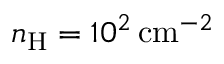
n _ { \mathrm { H } } = 1 0 ^ { 2 } \, \mathrm { c m } ^ { - 2 }